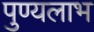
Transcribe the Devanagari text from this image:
पुण्यलाभ